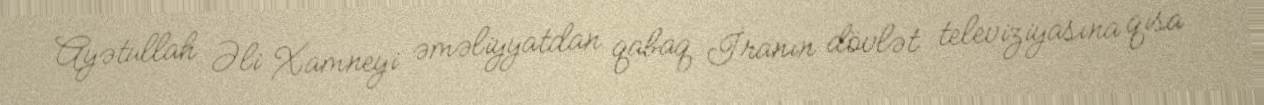
Ayətullah Əli Xamneyi əməliyyatdan qabaq İranın dövlət televiziyasına qısa